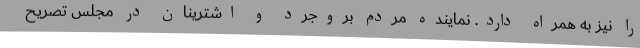
را نیز به همراه دارد. نماینده مردم بروجرد و اشترینان در مجلس تصریح